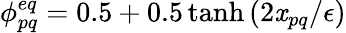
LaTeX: \phi_{pq}^{eq}=0.5+0.5\operatorname{tanh}\left(2\mathit{x}_{pq}/\epsilon\right)